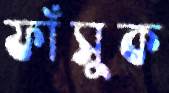
ফাঁসুক